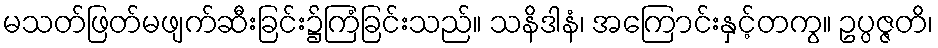
မသတ်ဖြတ်မဖျက်ဆီးခြင်း၌ကြံခြင်းသည်။ သနိဒါနံ၊ အကြောင်းနှင့်တကွ။ ဥပ္ပဇ္ဇတိ၊